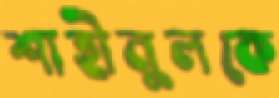
শাহীনুলকে